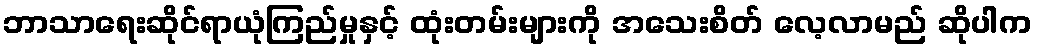
ဘာသာရေးဆိုင်ရာယုံကြည်မှုနှင့် ထုံးတမ်းများကို အသေးစိတ် လေ့လာမည် ဆိုပါက